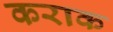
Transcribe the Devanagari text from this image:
कराक